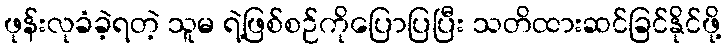
ဖုန်းလုခံခဲ့ရတဲ့ သူမ ရဲ့ဖြစ်စဉ်ကိုပြောပြပြီး သတိထားဆင်ခြင်နိုင်ဖို့